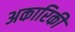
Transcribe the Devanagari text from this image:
अकारिकी